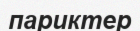
париктер